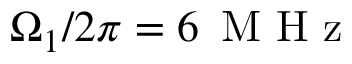
\Omega _ { 1 } / 2 \pi = 6 \, \mathrm { ~ M ~ H ~ z ~ }